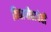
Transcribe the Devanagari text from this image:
विद्यापीठाचेही